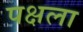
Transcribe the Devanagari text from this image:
पक्षला